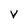
Character: V